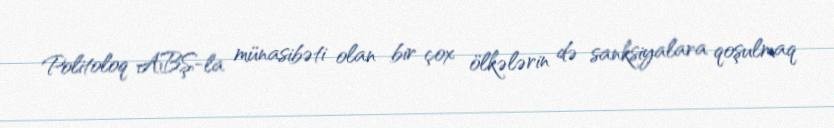
Politoloq ABŞ-la münasibəti olan bir çox ölkələrin də sanksiyalara qoşulmaq